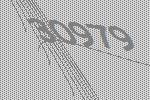
30979